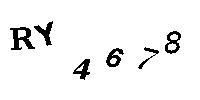
RY4678